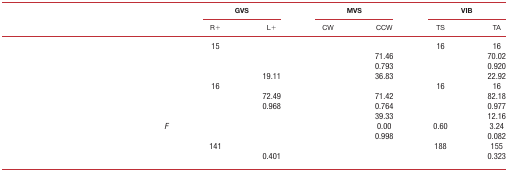
<table><thead><tr><td colspan="3">[EMPTY_CELL]</td><td colspan="2"><b>GVS</b></td><td colspan="2"><b>MVS</b></td><td colspan="2"><b>VIB</b></td></tr><tr><td colspan="3">[EMPTY_CELL]</td><td><b>R+</b></td><td><b>L+</b></td><td><b>CW</b></td><td><b>CCW</b></td><td><b>TS</b></td><td><b>TA</b></td></tr></thead><tbody><tr><td rowspan="4">[EMPTY_CELL]</td><td colspan="2">[EMPTY_CELL]</td><td>15</td><td>[EMPTY_CELL]</td><td>[EMPTY_CELL]</td><td>[EMPTY_CELL]</td><td>16</td><td>16</td></tr><tr><td colspan="2">[EMPTY_CELL]</td><td>[EMPTY_CELL]</td><td>[EMPTY_CELL]</td><td>[EMPTY_CELL]</td><td>71.46</td><td>[EMPTY_CELL]</td><td>70.02</td></tr><tr><td colspan="2">[EMPTY_CELL]</td><td>[EMPTY_CELL]</td><td>[EMPTY_CELL]</td><td>[EMPTY_CELL]</td><td>0.793</td><td>[EMPTY_CELL]</td><td>0.920</td></tr><tr><td colspan="2">[EMPTY_CELL]</td><td>[EMPTY_CELL]</td><td>19.11</td><td>[EMPTY_CELL]</td><td>36.83</td><td>[EMPTY_CELL]</td><td>22.92</td></tr><tr><td rowspan="4">[EMPTY_CELL]</td><td colspan="2">[EMPTY_CELL]</td><td>16</td><td>[EMPTY_CELL]</td><td>[EMPTY_CELL]</td><td>[EMPTY_CELL]</td><td>16</td><td>16</td></tr><tr><td colspan="2">[EMPTY_CELL]</td><td>[EMPTY_CELL]</td><td>72.49</td><td>[EMPTY_CELL]</td><td>71.42</td><td>[EMPTY_CELL]</td><td>82.18</td></tr><tr><td colspan="2">[EMPTY_CELL]</td><td>[EMPTY_CELL]</td><td>0.968</td><td>[EMPTY_CELL]</td><td>0.764</td><td>[EMPTY_CELL]</td><td>0.977</td></tr><tr><td colspan="2">[EMPTY_CELL]</td><td>[EMPTY_CELL]</td><td>[EMPTY_CELL]</td><td>[EMPTY_CELL]</td><td>39.33</td><td>[EMPTY_CELL]</td><td>12.16</td></tr><tr><td rowspan="4">[EMPTY_CELL]</td><td rowspan="2">[EMPTY_CELL]</td><td><i>F</i></td><td>[EMPTY_CELL]</td><td>[EMPTY_CELL]</td><td>[EMPTY_CELL]</td><td>0.00</td><td>0.60</td><td>3.24</td></tr><tr><td>[EMPTY_CELL]</td><td>[EMPTY_CELL]</td><td>[EMPTY_CELL]</td><td>[EMPTY_CELL]</td><td>0.998</td><td>[EMPTY_CELL]</td><td>0.082</td></tr><tr><td rowspan="2">[EMPTY_CELL]</td><td>[EMPTY_CELL]</td><td>141</td><td>[EMPTY_CELL]</td><td>[EMPTY_CELL]</td><td>[EMPTY_CELL]</td><td>188</td><td>155</td></tr><tr><td>[EMPTY_CELL]</td><td>[EMPTY_CELL]</td><td>0.401</td><td>[EMPTY_CELL]</td><td>[EMPTY_CELL]</td><td>[EMPTY_CELL]</td><td>0.323</td></tr></tbody></table>